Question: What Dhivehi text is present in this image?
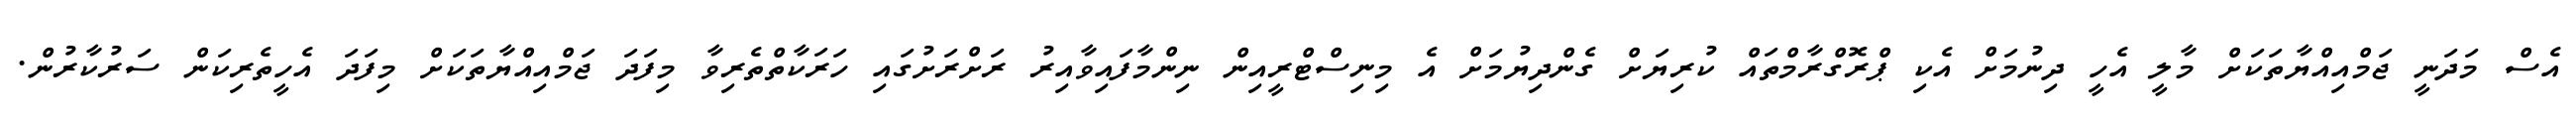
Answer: އެސް މަދަނީ ޖަމްއިއްޔާތަކަށް މާލީ އެހީ ދިނުމަށް އެކި ޕްރޮގްރާމްތައް ކުރިޔަށް ގެންދިޔުމަށް އެ މިނިސްޓްރީއިން ނިންމާފައިވާއިރު ރަށްރަށުގައި ހަރަކާތްތެރިވާ މިފަދަ ޖަމްއިއްޔާތަކަށް މިފަދަ އެހީތެރިކަން ސަރުކާރުން.